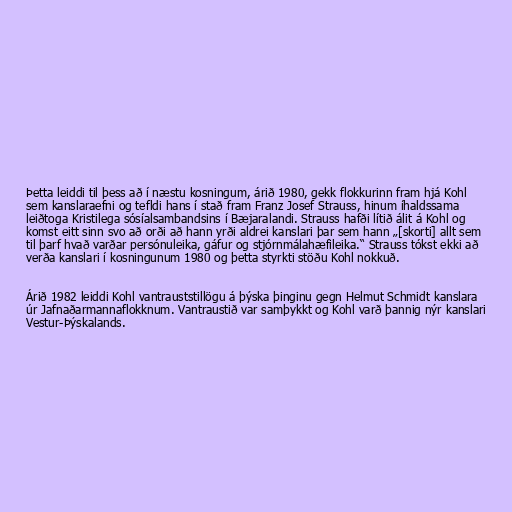
Þetta leiddi til þess að í næstu kosningum, árið 1980, gekk flokkurinn fram hjá Kohl
sem kanslaraefni og tefldi hans í stað fram Franz Josef Strauss, hinum íhaldssama
leiðtoga Kristilega sósíalsambandsins í Bæjaralandi. Strauss hafði lítið álit á Kohl og
komst eitt sinn svo að orði að hann yrði aldrei kanslari þar sem hann „[skorti] allt sem
til þarf hvað varðar persónuleika, gáfur og stjórnmálahæfileika.“ Strauss tókst ekki að
verða kanslari í kosningunum 1980 og þetta styrkti stöðu Kohl nokkuð.

Árið 1982 leiddi Kohl vantrauststillögu á þýska þinginu gegn Helmut Schmidt kanslara
úr Jafnaðarmannaflokknum. Vantraustið var samþykkt og Kohl varð þannig nýr kanslari
Vestur-Þýskalands.